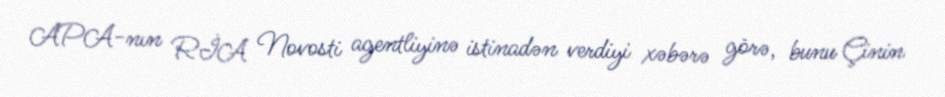
APA-nın RİA Novosti agentliyinə istinadən verdiyi xəbərə görə, bunu Çinin